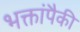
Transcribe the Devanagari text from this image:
भक्तांपैकी